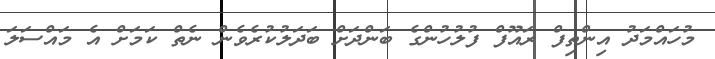
މުހައްމަދު އިންތިފް ރައޫފް ފުލުހުންގެ ބަންދަށް ބަދަލުކުރެވެން ނެތް ކަމަށް އެ މައްސަލަ